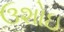
ઉશોઇ